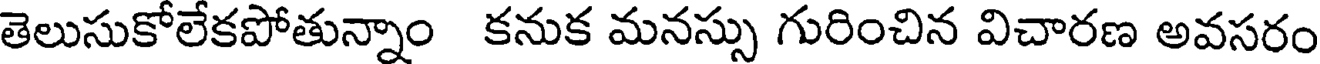
తెలుసుకోలేకపోతున్నాం కనుక మనస్సు గురించిన విచారణ అవసరం